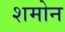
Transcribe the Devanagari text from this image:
शमोन